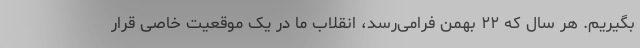
بگیریم. هر سال که ۲۲ بهمن فرامی‌رسد، انقلاب ما در یک موقعیت خاصی قرار